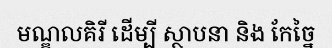
មណ្ឌលគិរី ដើម្បី ស្ថាបនា និង កែច្នៃ